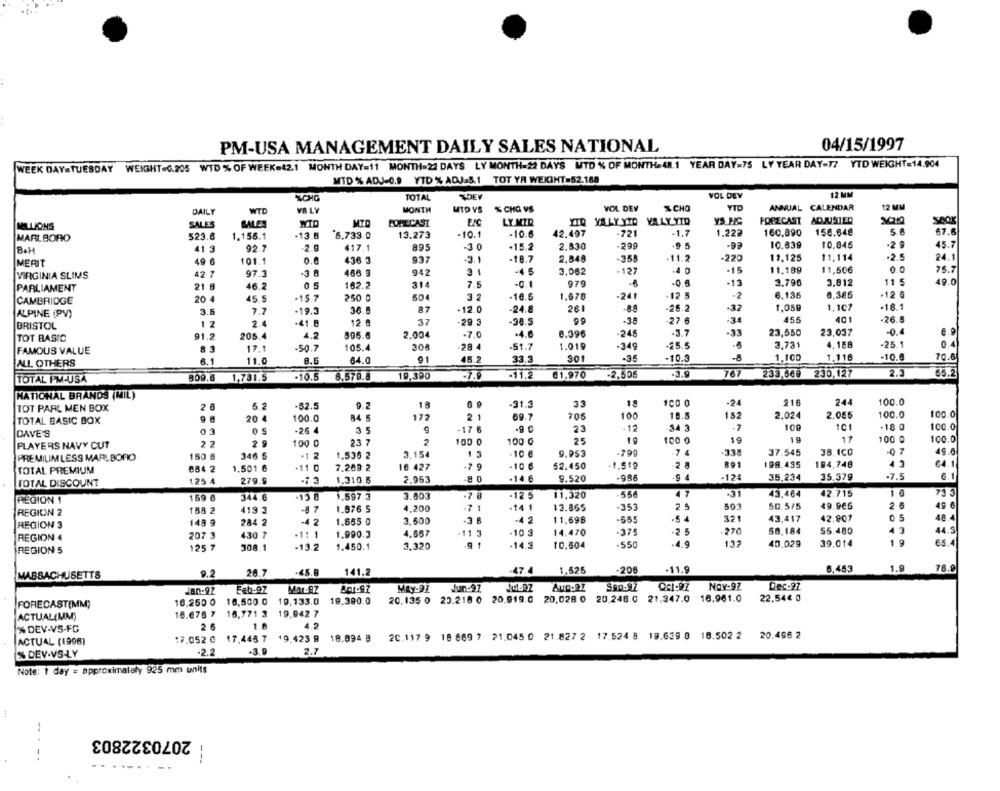
PM-USA MANAGEMENT DAILY SALES NATIONAL
04/15/1997
WEEK DAYSTUESDAY WEIGHT=0.205 WTD % OF WEEK=42.1 MONTH DAY=11 MONTH=22 DAYS LY MONTH=22 DAYS MTD % OF MONTH-48.1 YEAR DAY-75 LY YEAR DAY-77 YTD WEIGHT=14.904
MID% ADJ-0.9 YID% ADJ.5.1 TOT YA WEIGHT=52.188
SCHG
TOTAL
VOL DEV
12 MM
%CHO
VID
ANNUAL CALENDAR
12 MM
DAILY
WTD
VS LY
MONTH
WID VS
% CHG VS
VOL DEV
FORECAST
LY MTR
YID YSLY YTD
VALY YTD
YS FC
FORECAST
ADJUSTED
SPOR
MILLIONS
SALES
SALES
WID
MARLBORO
523.6
1.156.1
-13.8
6.733.0
13.273
-10.1
-10.6
42.497
-721
-1.7
1.222
160.890
150.848
Se
67.6
2.830
-299
.9 5
-9
10.639
10.845
-2 9
45.7
BAH
41 3
92.7
-2.9
417.1
895
-30
-15.2
MERIT
49 6
101.1
0.6
436 3
937
-31
-18.7
2.848
-358
-11.2
-220
11,125
11.114
-2.5
24.1
-15
11.199
11,506
0.0
75.7
VIRGINIA SLIMS
42 7
97.1
-3 0
466 9
942
-4 5
3.062
-127
21 8
46.2
05
162.2
314
7.5
-0.1
979
-13
3.790
3.612
11 5
49.0
PARLIAMENT
-12 5
-2
6.135
0.386
CAMBRIDGE
20 4
45 5
-15.7
250 0
504
32
-10.5
1.678
-241
·12 0
7.7
87
-12.0
-24.8
261
-85
-25.2
-32
1.05
1.107
·18.1
ALPINE (PV)
3.5
-19.3
36.8
1 2
2.4
-41.8
12 @
37
-29 3
-30.5
99
-38
-27 6
-34
455
.26.6
BRISTOL
.4.6
8.396
-248
.33
23,550
23,037
-0.
6.9
TOT BASIC
91.2
205.4
4.2
896.6
2.004
-7.0
8 3
17.1
-50.7
105.4
305
-28 4
-51.7
1.019
-349
-25.5
3.731
4.158
-25.1
0.4
FAMOUS VALUE
-3
-8
1.100
1.116
-10.6
70.6
ALL OTHERS
6.1
11.0
8.5
64.0
91
45.2
33.3
301
-10.3
230,127
2.5
65.2
TOTAL PM-USA
1,781.5
-10.5
8.579.8
19,390
-7,9
-11,2
61.970
-2,506
.3.9
767
233,669
NATIONAL BRANDS (MIL)
18
-31.3
33
1.
100 0
-24
916
244
100.0
TOT PARL MEN BOX
2 6
6.2
-62.5
TOTAL BASIC BOX
20 4
100.0
84 5
172
2 1
69.7
705
100
18.5
15
2.024
2.055
100.0
100.0
-12
34 3
.7
100
1C1
-18 0
100.0
DAVE'S
05
-26 4
35
9
-17 6
23
22
2 9
100 0
23 7
2
100 0
100 G
25
100 0
19
19
17
100 0
100.0
PLAYERS NAVY CUT
-799
7 4
37.545
38.1CO
-07
49.0
PREMIUMLESS MARLBORO
150 6
346 5
.1 2
1.536 2
3.154
-10 €
9.953
1.501 6
-11 0
7.269 2
18 427
-7 9
-10 6
52,450
1.519
891
198.435
184,748
64.1
TOTAL PREMIUM
634 2
35,234
35.379
6.11
TOTAL DISCOUNT
1.25 4
279.9
1.310.5
2,953
-14.6
9.520
-986
-9 4
-124
.7.5
DONOW
159 8
344.6
-15 8
1.597 3
3.003
-7 8
-12 5
11.320
550
47
-3
43.464
42.715
1 0
73 3
REGION 1
1.976 5
-14 €
13.865
-353
2 5
503
50.575
49.966
2 6
49 6
REGION 2
158 2
413 3
-8 7
4,200
148 9
284 2
-4 2
1.665 0
3.600
-3 6
-4 2
11.69B
-665
.5 4
321
43.417
42.807
05
48.4
REGION 3
-375
2
5
-270
58.184
56.480
43
44.3
REGION 4
207 3
430 7
-11 1
1.990.3
4.657
11 3
-10 3
14.470
125 7
308.1
-13.2
1.450.1
3.320
.9
1
-14.3
10.604
.550
137
40.029
39.014
1
65.4
REGION S
-47.4
1.626
-206
-11.
6,453
1.9
8.9
MASSACHUSETTS
9.2
26.7
-45.8
141.2
NOY-97
Dec-97
Jan-97
Mar-AZ
MRy-97
Jun-97
10.250 0
16.500.0
19,133.0
19.390.0
20.135 0 23.218 0 20.919.0 20,028 0 20.246.0 21.347.0 16.961.0
22,54€ 0
FORECAST(MM)
ACTUAL(MM)
16.678 7 16.771 3 19,942 7
2 6
4.2
% DEV.VS-FC
ACTUAL (1996)
17.052 0 17,445 7
19.423 9 18.094 B
20.117 9 18 669 7 21.045 0 21 827 2 17.524 8 19.639 8 18.502 2 20.496 2
% DEV-VS-LY
-2.2
.3.9
2.7
Note: 1 day = approximately 925 mm units
2070322803
-..-.